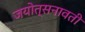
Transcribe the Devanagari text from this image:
जयोत्सनावती